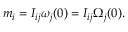
\begin{array} { r } { m _ { i } = I _ { i j } \omega _ { j } ( 0 ) = I _ { i j } \Omega _ { j } ( 0 ) . } \end{array}